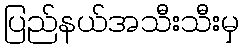
ပြည်နယ်အသီးသီးမှ